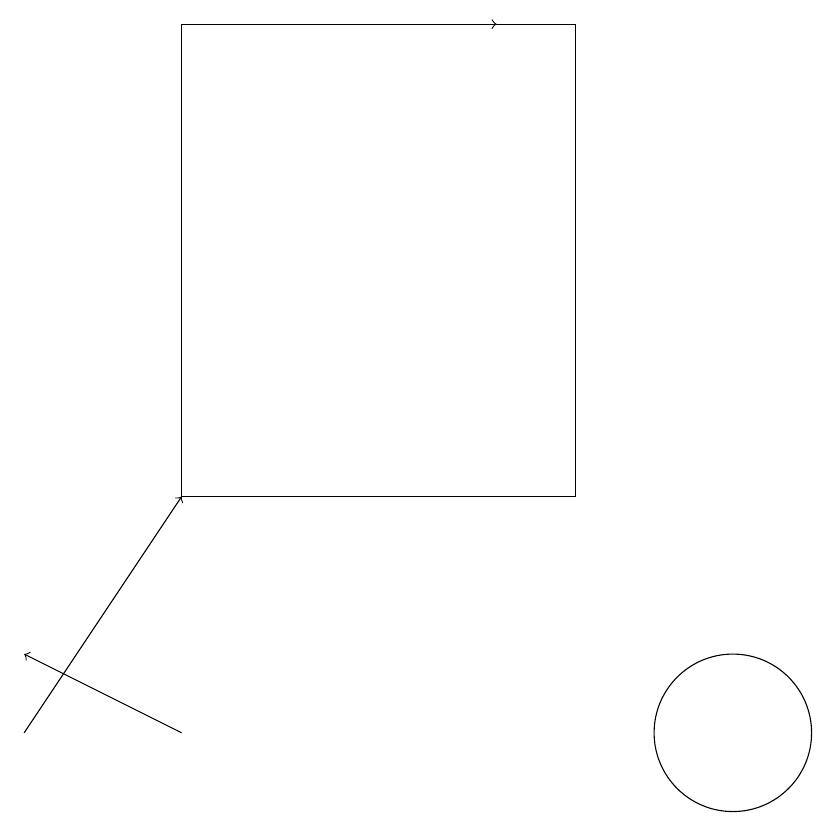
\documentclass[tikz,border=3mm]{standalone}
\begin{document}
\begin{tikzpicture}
\draw[->] (4,19) -- (7,19);
\draw[->] (3,10) -- (1,11);
\draw[->] (1,10) -- (3,13);
\draw (8,13) rectangle (3,19);
\draw (10,10) circle (1);
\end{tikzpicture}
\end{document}